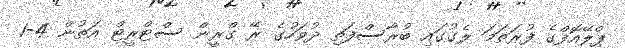
ޕްލޭއޮފްގެ ފުރަތަމަ ލެގުގައި ބުރާސްފަތި ދުވަހުގެ ރޭ ގްރީން ސްޓްރީޓް އަތުން 4-1